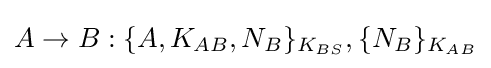
A\rightarrow B:\{A,K_{AB},N_{B}\}_{K_{BS}},\{N_{B}\}_{K_{AB}}